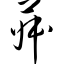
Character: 菽